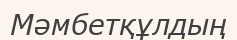
Мәмбетқұлдың